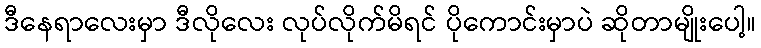
ဒီနေရာလေးမှာ ဒီလိုလေး လုပ်လိုက်မိရင် ပိုကောင်းမှာပဲ ဆိုတာမျိုးပေါ့။